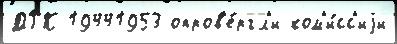
ДРК 19441953 опров'е́ргл'и ком'и́сс'иjи